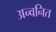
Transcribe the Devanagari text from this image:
अन्वनित